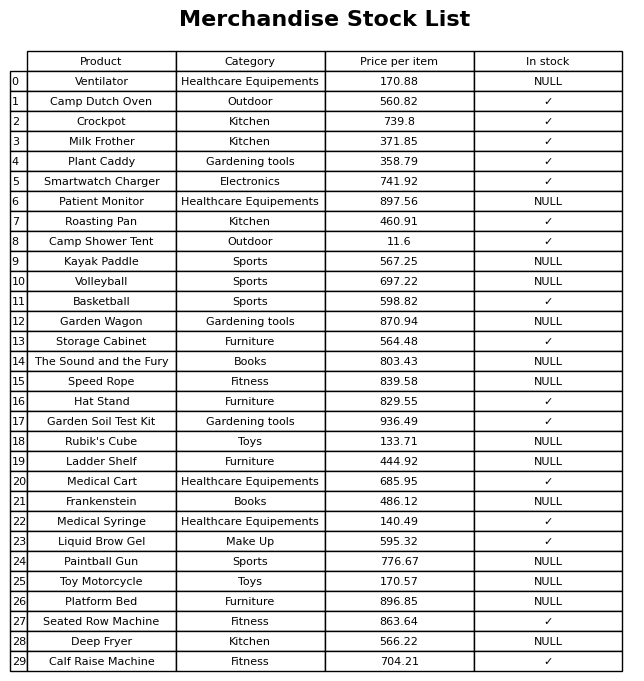
question: What is the price of the Storage Cabinet?
answer: The price of Storage Cabinet is 564.48.